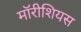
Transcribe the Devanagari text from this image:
मॉरीशियस